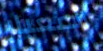
المعيار